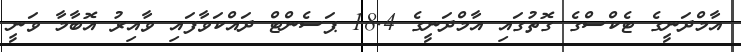
އާމްދަނީގެ ޓެކްސްގެ ގޮތުގައި އާމްދަނީގެ 18.4 ޕަސެންޓް ދައްކަވާފައި ވާއިރު އޮބާމާ ވަނީ